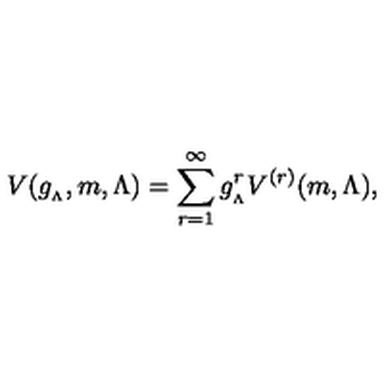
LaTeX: V ( g _ { _ { \Lambda } } , m , \Lambda ) = \sum _ { r = 1 } ^ { \infty } g _ { _ { \Lambda } } ^ { r } V ^ { ( r ) } ( m , \Lambda ) ,